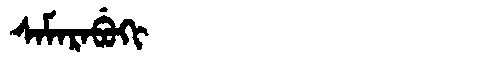
Manchu: ᠰᠠᠮᠠᡵᠠᠪᡠᡴᡳ
Romanization: SAMARABUKI